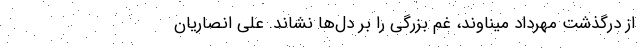
از درگذشت مهرداد میناوند،‌ غم بزرگی را بر دل‌ها نشاند. علی انصاریان